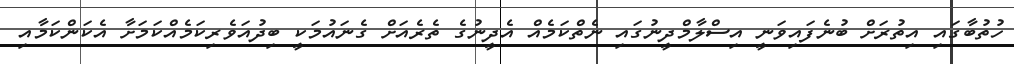
ހުތުބާގައި އިތުރަށް ބުނެފައިވަނީ އިސްލާމްދީނުގައި ނެތްކަމެއް އެދީނުގެ ތެރެއަށް ގެނައުމަކީ ބިދުއަވެރިކަމެއްކަމަށާ އެކަންކަމާއި